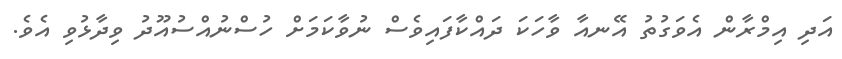
އަދި އިމްރާން އެވަގުތު އޭނއާ ވާހަކަ ދައްކާފައިވެސް ނުވާކަމަށް ހުސްނުއްސުއޫދު ވިދާޅުވި އެވެ.